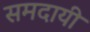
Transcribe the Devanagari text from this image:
समदायी